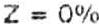
Z = 0%